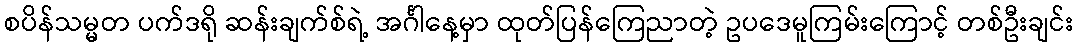
စပိန်သမ္မတ ပက်ဒရို ဆန်းချက်စ်ရဲ့ အင်္ဂါနေ့မှာ ထုတ်ပြန်ကြေညာတဲ့ ဥပဒေမူကြမ်းကြောင့် တစ်ဦးချင်း